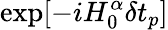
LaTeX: \exp[-iH_{0}^{\alpha}\delta t_{p}]